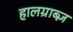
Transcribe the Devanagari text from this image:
हालग्राब्ज़